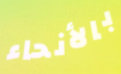
بالأنحاء